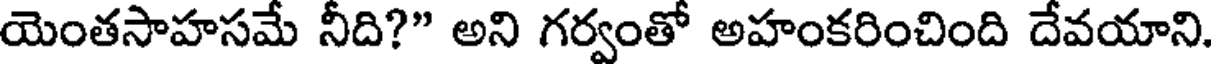
యెంతసాహసమే నీది?" అని గర్వంతో అహంకరించింది దేవయాని